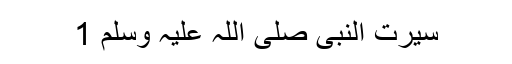
سیرت النبی صلی اللہ علیہ وسلم 1